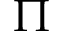
\Pi